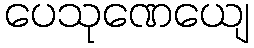
ပေသုဏေယျေ